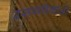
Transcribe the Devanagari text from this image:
रसवाहिकाओं